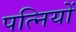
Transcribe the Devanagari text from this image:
पत्‍िनयों